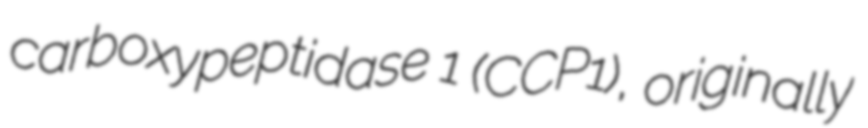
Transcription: carboxypeptidase 1 (CCP1), originally